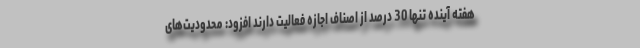
هفته آینده تنها 30 درصد از اصناف اجازه فعالیت دارند افزود: محدودیت‌های